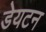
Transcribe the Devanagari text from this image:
डेयटन